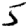
Digit: 5